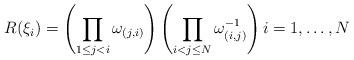
LaTeX: \begin{align*} R(\xi_i) = \left( \prod_{1 \leq j < i} \omega_{(j,i)}\right) \left( \prod_{i < j \leq N} \omega_{(i,j)}^{-1}\right) i =1, \ldots , N\end{align*}